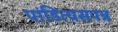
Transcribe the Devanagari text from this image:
पांडित्यसंपन्न